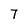
Character: 7